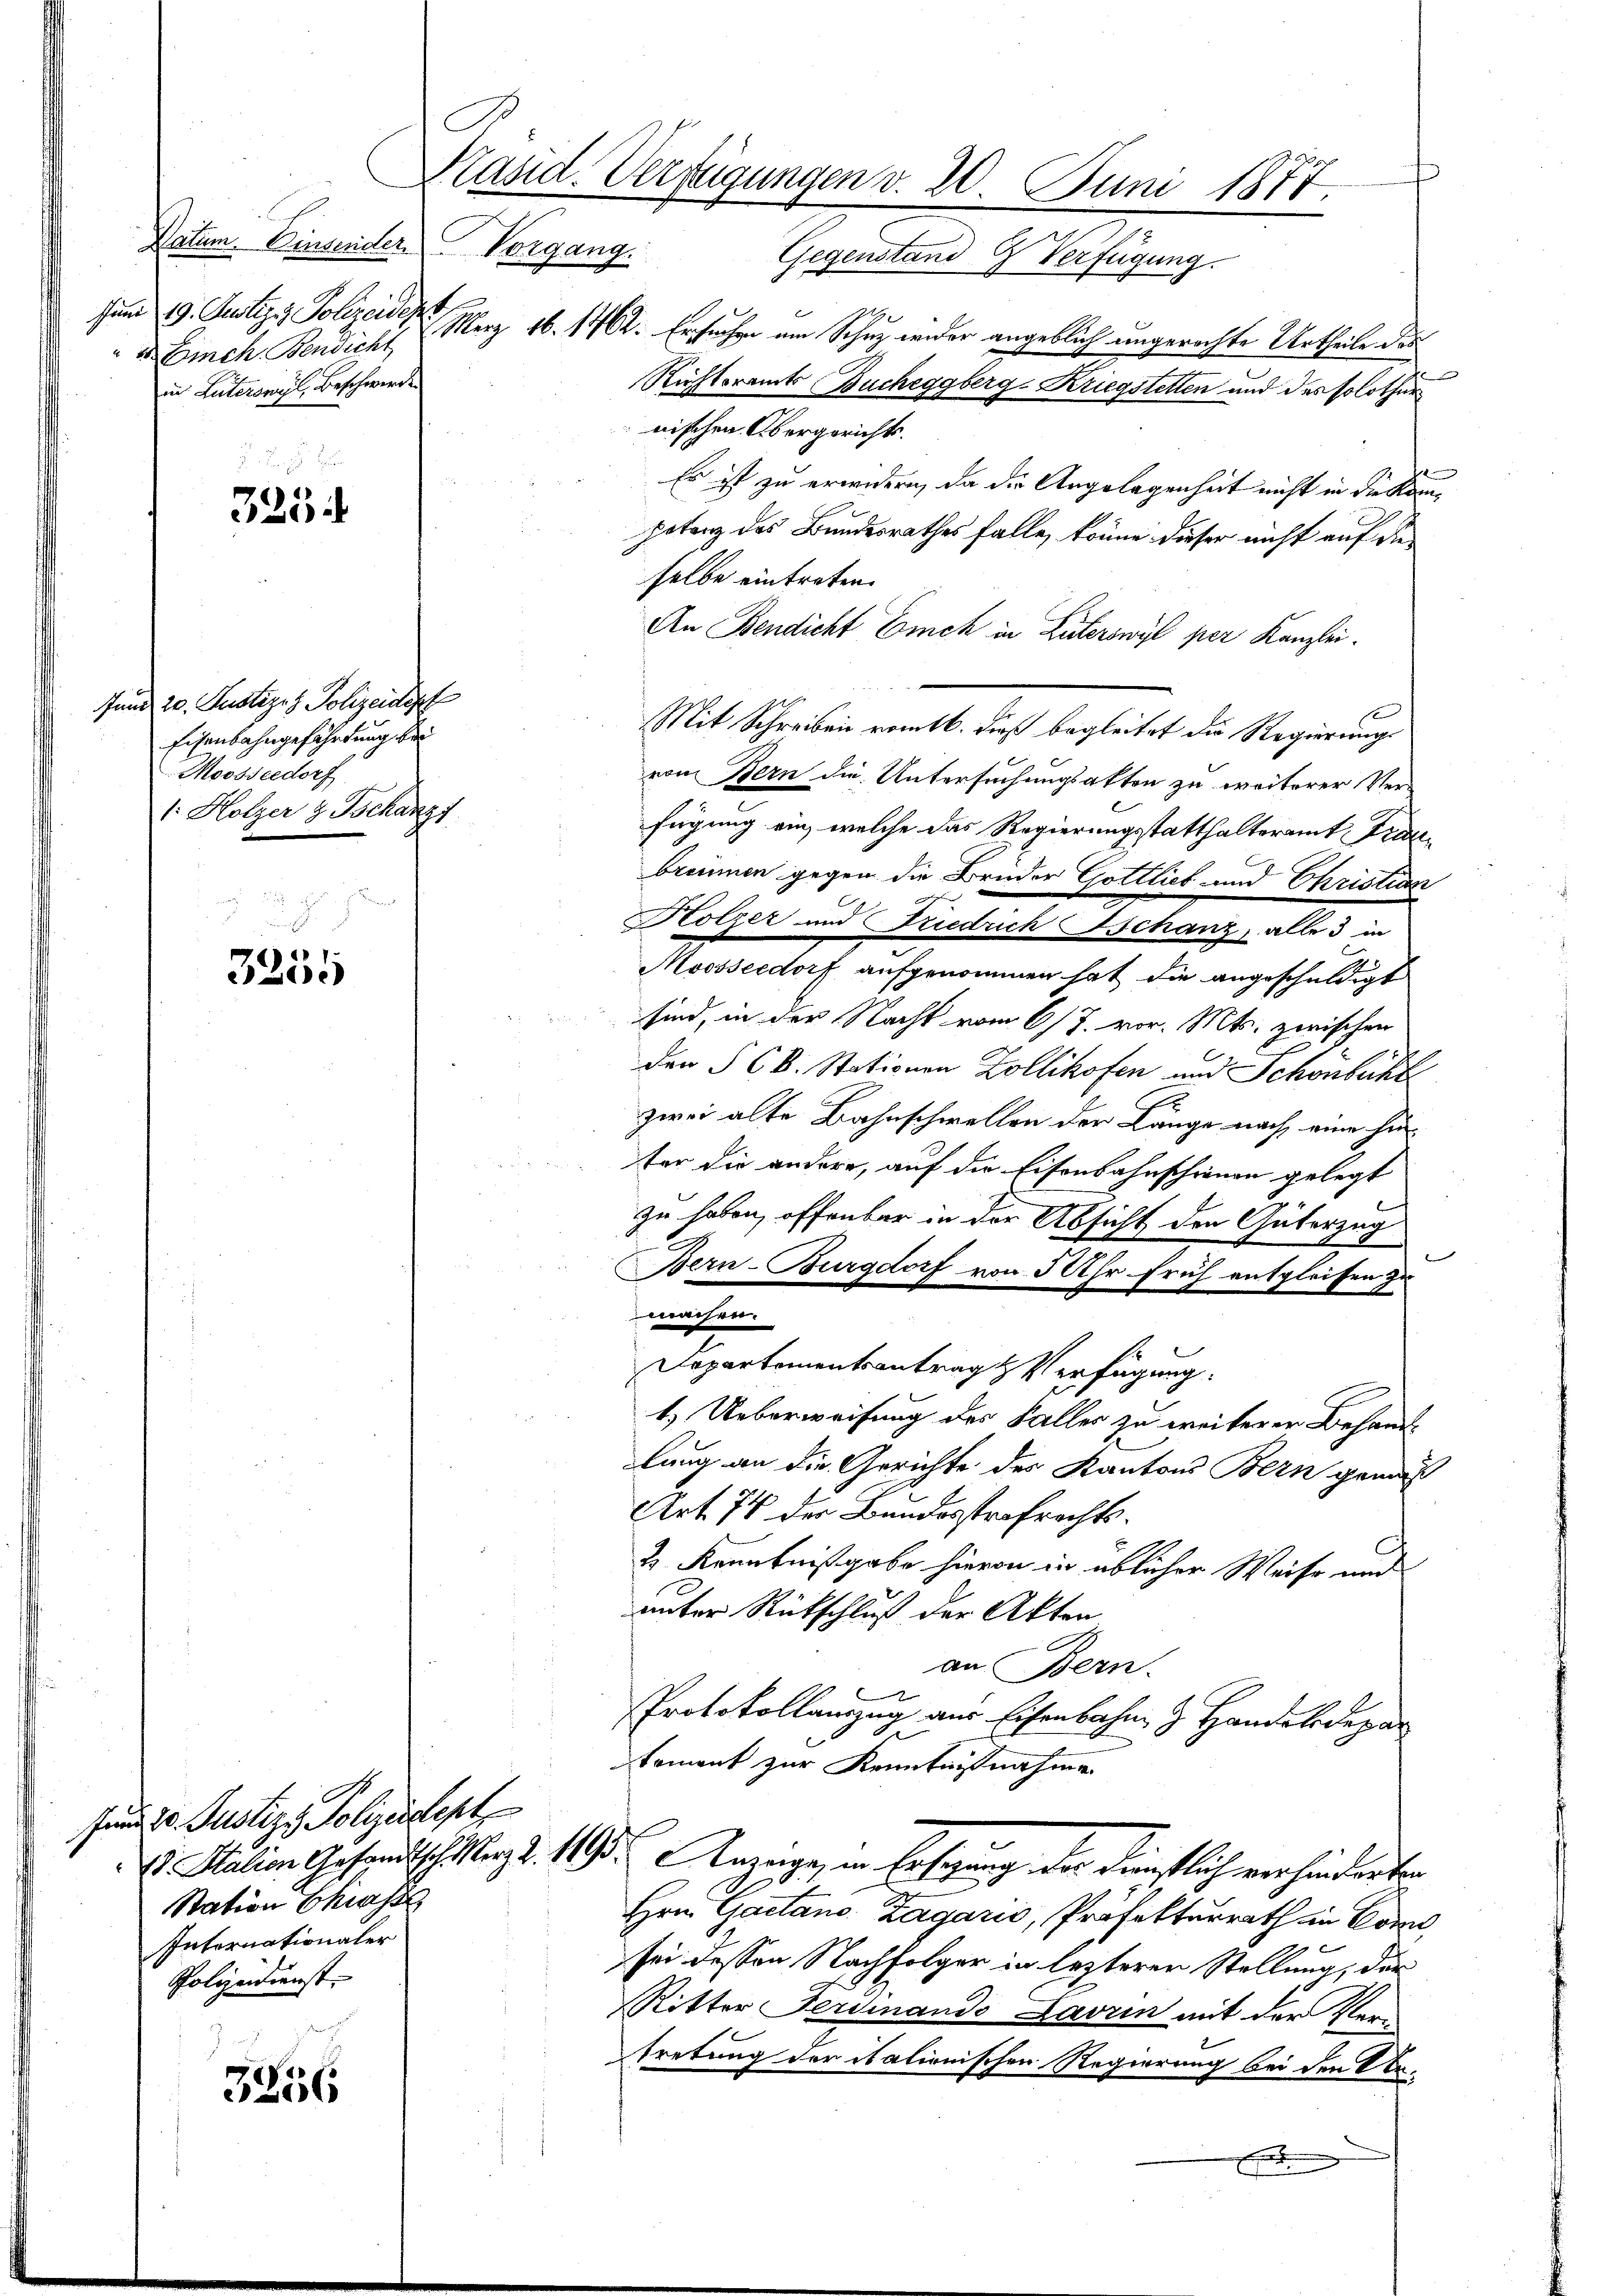
G
Datum. Einsenden Vorgang.
Juni 19. Justiz & Polizeidigst
" Einch. Bendicht
in Laterswyl, Beschwerden

325

Jund 20. Justiz & Polizeidesf
Eisenbahngefährdung bei
Moosseedorf
1: Holzer & Tschanz

3255

Juni d. Justiz & Polizeidept
Station Chias
Intornationaler
Polizeidienst.

3256

Präsid. Verfügungen v. 20. Juni 1877.
Gegenstand Verfügung.

Merz 16. 1462. Ersuchen um Schuz wider angeblich ungerechte Urtheile des

Richteramts Bucheggberg-Kriegstetten und des Solothur
nischen Übergerichts.
Es ist zu erwidern, da die Angelegenheit nicht in die Kampotenz des Bundesrathes falle, könne dieser nicht auf den
selbe eintreten.
An Bendicht Eich in Luterswyl per Kanzlei.
Mit Schreiben romtl. dieß begleitet die Regierungs
vom Bern die Untersuchungsakten zu weiterer Verfügung ein, welche das Regierungsstatthalteramt Fraubrennen gegen die Brüder Gottlieb und Christian
Holzer auf Eintrich schanze alles in
Moosseedorf aufgenommen hat die angeschuldigt
sind, in der Nacht vom 6/7. vor. Mts. zwischen
den § 6 k. Stationen Zollikofen und Schönbeck
zwei alte Bahnschwellen der Länge nach eine hinter die andere, auf die Eisenbahnschienen gelegt
zu haben, offenbar in der Absicht den Güterzug
l
Bern-Burgdorf von 5 Uhr früh entgleichen zu
wesen.
Departementsantrag & Verfügung.
1.) Ueberweisung des Faller zu weiterer Behand-
lung an die Gerichte des Kantons Bern gemäß
Art. 74 der Bundesstrafrechts¬
2 Kenntnißgabe hievon in üblicher Weise und
unter Rückschluß der Akten
an Bern.
Protokollauszug aus Eisenbahn z. Handelsdepar
koment zur Kenntnißnahme
V Station Gesandtsch. Merz d. 193. Anzeige, in Ersigung der künstlich verhinderten
Hrn. Gaetano Zagaris, Präfekturrath in Con
sei dessen Nachfolger in lezteren Stellung, der
Ritter Ferdinando Laorin mit der Verm
tretung der italionischen Regierung bei den Arx